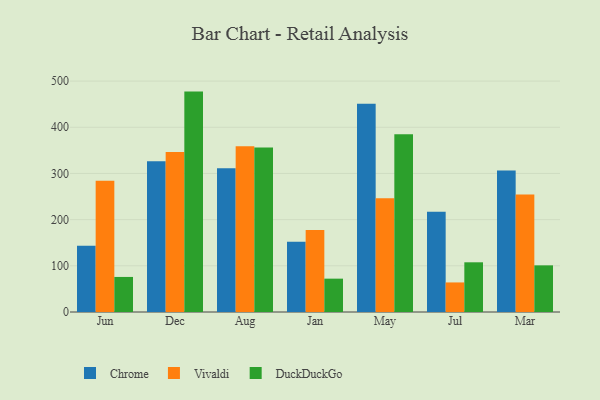
{"axis": {"x": "Month", "y": "Demand Index"}, "legend": ["Chrome", "DuckDuckGo", "Vivaldi"], "data": [{"x": "Jun", "y": 143.6, "type": "Chrome"}, {"x": "Jun", "y": 284.4, "type": "Vivaldi"}, {"x": "Jun", "y": 75.9, "type": "DuckDuckGo"}, {"x": "Dec", "y": 326.4, "type": "Chrome"}, {"x": "Dec", "y": 346.6, "type": "Vivaldi"}, {"x": "Dec", "y": 477.2, "type": "DuckDuckGo"}, {"x": "Aug", "y": 311.4, "type": "Chrome"}, {"x": "Aug", "y": 358.9, "type": "Vivaldi"}, {"x": "Aug", "y": 356.2, "type": "DuckDuckGo"}, {"x": "Jan", "y": 152.3, "type": "Chrome"}, {"x": "Jan", "y": 177.4, "type": "Vivaldi"}, {"x": "Jan", "y": 72.2, "type": "DuckDuckGo"}, {"x": "May", "y": 450.9, "type": "Chrome"}, {"x": "May", "y": 246.1, "type": "Vivaldi"}, {"x": "May", "y": 385.0, "type": "DuckDuckGo"}, {"x": "Jul", "y": 216.9, "type": "Chrome"}, {"x": "Jul", "y": 64.0, "type": "Vivaldi"}, {"x": "Jul", "y": 107.6, "type": "DuckDuckGo"}, {"x": "Mar", "y": 306.2, "type": "Chrome"}, {"x": "Mar", "y": 254.6, "type": "Vivaldi"}, {"x": "Mar", "y": 101.0, "type": "DuckDuckGo"}]}